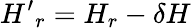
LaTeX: {H^{\prime}}_{r}=H_{r}-\delta H